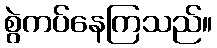
စွဲကပ်နေကြသည်။